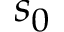
s _ { 0 }